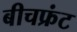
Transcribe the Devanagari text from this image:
बीचफ्रंट